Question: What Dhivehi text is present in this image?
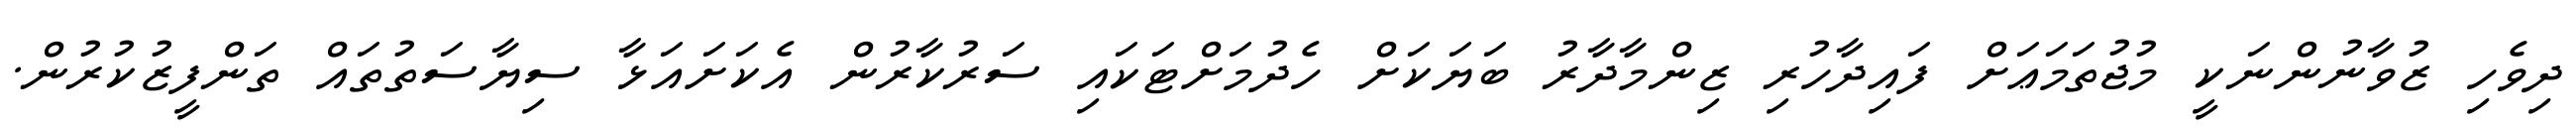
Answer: ދިވެހި ޒުވާނުންނަކީ މުޖުތަމަޢަށް ފައިދާހުރި ޒިންމާދާރު ބަޔަކަށް ހެދުމަށްޓަކައި ސަރުކާރުން އެކަށައަޅާ ސިޔާސަތުތައް ތަންފީޒުކުރުން.